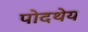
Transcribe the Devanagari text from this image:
पोदथेय